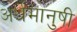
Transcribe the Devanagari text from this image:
अर्धमानुषी